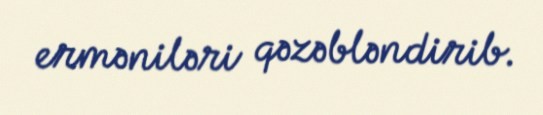
erməniləri qəzəbləndirib.